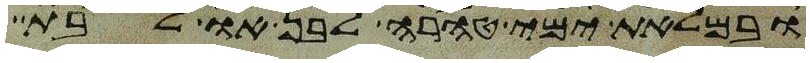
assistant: ובמלאת ימי טהרה לבן או לבת